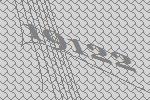
19122